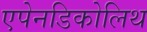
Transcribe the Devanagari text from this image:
एपेनडिकोलिथ